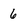
Character: 6